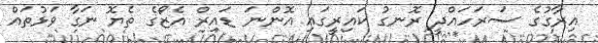
އިރާގުގެ ސަރަހައްދީ ރޮނގު ކައިރީގައި އޮންނަ ޑައިރް އެޒޯގެ ތެޔޮ ނަގާ ވަޅުތައް